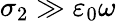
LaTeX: \sigma_{2}\gg\varepsilon_{0}\omega